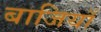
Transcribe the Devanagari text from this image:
बाजियाँ